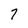
Character: 7